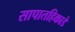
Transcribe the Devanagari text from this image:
सापातहिकाडे